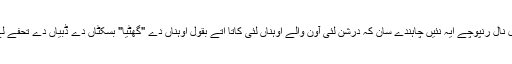
ایس دے نال نال رنپوچے ایہ نئیں چاہندے سان کہ درشن لئی آون والے اوہناں لئی کاتا اتے بقول اوہناں دے "گھٹیا" بسکٹاں دے ڈبیاں دے تحفے لے کے آون۔